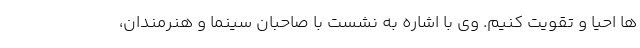
ها احیا و تقویت کنیم. وی با اشاره به نشست با صاحبان سینما و هنرمندان،